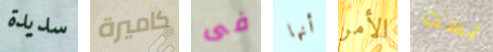
سديدة كاميرة فى أنها الأمر لست